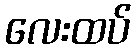
လေးထပ်